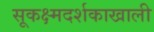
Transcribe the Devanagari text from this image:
सूकक्ष्मदर्शकाखाली